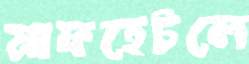
মাফহেটলে